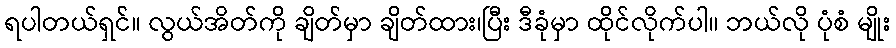
ရပါတယ်ရှင်။ လွယ်အိတ်ကို ချိတ်မှာ ချိတ်ထား၊ပြီး ဒီခုံမှာ ထိုင်လိုက်ပါ။ ဘယ်လို ပုံစံ မျိုး